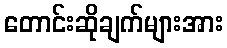
တောင်းဆိုချက်များအား